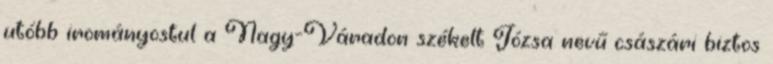
utóbb irományostul a Nagy-Váradon székelt Józsa nevű császári biztos